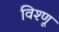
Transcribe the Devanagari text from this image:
विश्णू